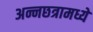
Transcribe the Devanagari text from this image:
अन्नछत्रामध्ये